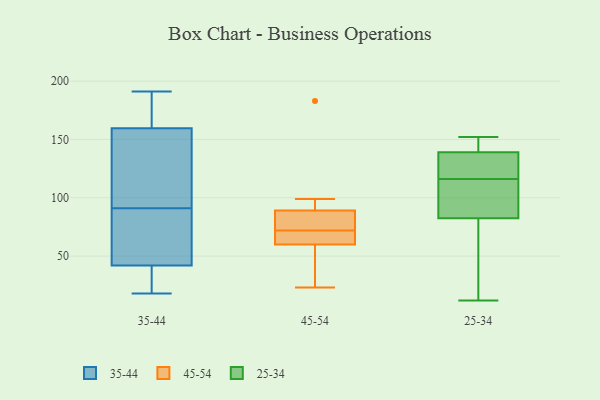
{"axis": {"x": "Gross Profit (USD K)", "y": "Value"}, "legend": ["25-34", "35-44", "45-54"], "data": [{"x": "", "y": 41, "type": "35-44"}, {"x": "", "y": 125, "type": "35-44"}, {"x": "", "y": 67, "type": "35-44"}, {"x": "", "y": 18, "type": "35-44"}, {"x": "", "y": 173, "type": "35-44"}, {"x": "", "y": 181, "type": "35-44"}, {"x": "", "y": 74, "type": "35-44"}, {"x": "", "y": 146, "type": "35-44"}, {"x": "", "y": 108, "type": "35-44"}, {"x": "", "y": 191, "type": "35-44"}, {"x": "", "y": 43, "type": "35-44"}, {"x": "", "y": 32, "type": "35-44"}, {"x": "", "y": 89, "type": "45-54"}, {"x": "", "y": 71, "type": "45-54"}, {"x": "", "y": 61, "type": "45-54"}, {"x": "", "y": 23, "type": "45-54"}, {"x": "", "y": 99, "type": "45-54"}, {"x": "", "y": 59, "type": "45-54"}, {"x": "", "y": 183, "type": "45-54"}, {"x": "", "y": 73, "type": "45-54"}, {"x": "", "y": 38, "type": "45-54"}, {"x": "", "y": 67, "type": "45-54"}, {"x": "", "y": 84, "type": "45-54"}, {"x": "", "y": 89, "type": "45-54"}, {"x": "", "y": 123, "type": "25-34"}, {"x": "", "y": 95, "type": "25-34"}, {"x": "", "y": 143, "type": "25-34"}, {"x": "", "y": 119, "type": "25-34"}, {"x": "", "y": 152, "type": "25-34"}, {"x": "", "y": 137, "type": "25-34"}, {"x": "", "y": 70, "type": "25-34"}, {"x": "", "y": 12, "type": "25-34"}, {"x": "", "y": 141, "type": "25-34"}, {"x": "", "y": 113, "type": "25-34"}, {"x": "", "y": 69, "type": "25-34"}, {"x": "", "y": 103, "type": "25-34"}]}